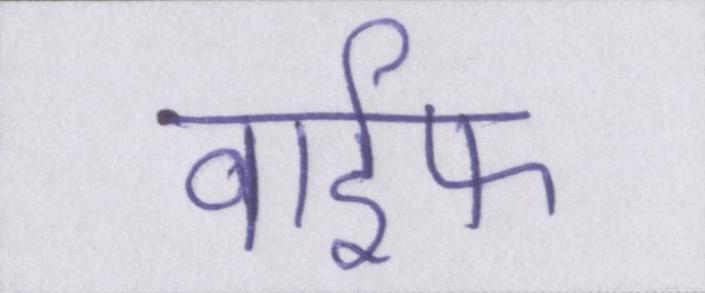
वाईफ